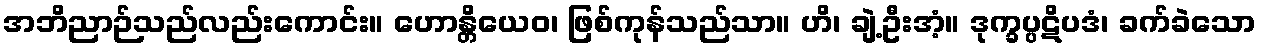
အဘိညာဉ်သည်လည်းကောင်း။ ဟောန္တိယေဝ၊ ဖြစ်ကုန်သည်သာ။ ဟိ၊ ချဲ့ဦးအံ့။ ဒုက္ခပ္ပဋိပဒံ၊ ခက်ခဲသော